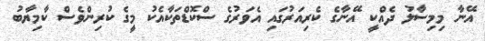
އޭނާ މިމިސާލު ދެއްކީ އޭނާގެ ކެރިއަރުގައި އެވަރުގެ ސްކޮޑްތަކާއެކު މީގެ ކުރިންވެސް ކާމިޔާބު